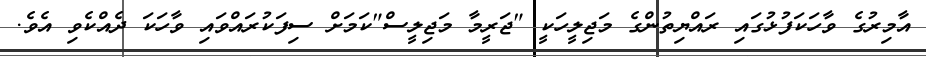
އާމިރުގެ ވާހަކަފުޅުގައި ރައްޔިތުންގެ މަޖިލީހަކީ "ޖަރީމާ މަޖިލީސް"ކަމަށް ސިފަކުރައްވައި ވާހަކަ ދެއްކެވި އެވެ.